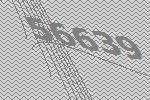
56639